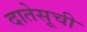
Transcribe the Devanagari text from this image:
दातेसूची